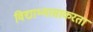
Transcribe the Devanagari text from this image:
विद्याभ्यासाकरता